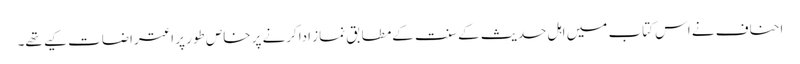
احناف نے اس کتاب میں اہل حدیث کے سنت کےمطابق نماز اداکرنے پر خاص طور پر اعتراضات کیے تھے۔